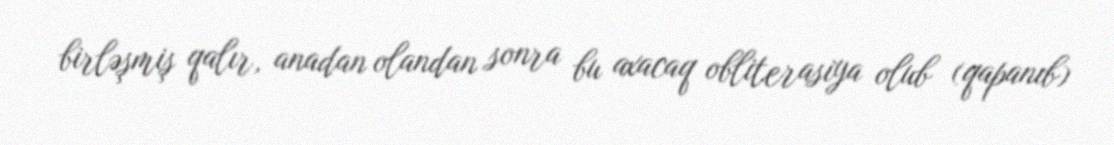
birləşmiş qalır, anadan olandan sonra bu axacaq obliterasiya olub (qapanıb)